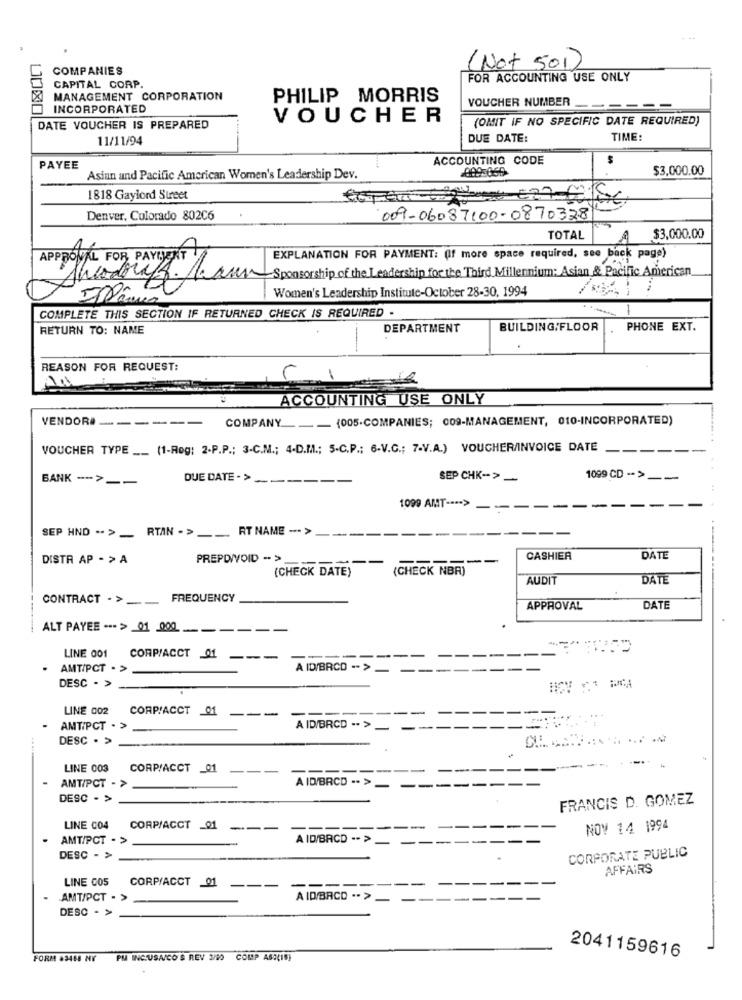
COMPANIES
(Not 501)
FOR ACCOUNTING USE ONLY
CAPITAL CORP.
MANAGEMENT CORPORATION
PHILIP MORRIS
VOUCHER NUMBER
INCORPORATED
--
VOUCHER
(OMIT IF NO SPECIFIC DATE REQUIRED)
DATE VOUCHER IS PREPARED
11/11/94
DUE DATE:
TIME:
ACCOUNTING CODE
PAYEE
$3,000.00
Asian und Pacific American Women's Leadership Dev.
1818 Gaylord Street
Denver, Colorado 802C6
009-06087100-0870328
TOTAL
A
$3,000.00
APPROVAL FOR PAYMENT
EXPLANATION FOR PAYMENT: (If more space required, see back page)
Theodoraf. Kann Sponsorship of the Leadership for the Third Millennium: Asian & Pacific American
Women's Leadership Institute-October 28-30, 1994
COMPLETE THIS SECTION IF RETURNED CHECK IS REQUIRED .
RETURN TO: NAME
DEPARTMENT
BUILDING/FLOOR
PHONE EXT.
REASON FOR REQUEST:
1
ACCOUNTING USE ONLY
VENDORI ------ COMPANY ___ (005-COMPANIES; 009-MANAGEMENT, 010-INCORPORATED)
VOUCHER TYPE __ (1-Rog: 2-P.P .; 3-C.M .; 4-D.M .; 5-C.P .; 6-V.C .; 7-V.A.) VOUCHER/INVOICE DATE
--
BANK -- > --
DUE DATE - >
SEP CHK-> -
1099 CD -- >
--
1099 AMT ---- > --
SEP HND .. > __ RTAN - > __ RT NAME --- >
DISTR AP - > A
PREPDIVOID - >
CASHIER
DATE
(CHECK DATE)
(CHECK NBR)
AUDIT
DATE
CONTRACT -> --
FREQUENCY
APPROVAL
DATE
ALT PAYEE --- > 01 000 -----
.
LINE 001 CORP/ACCT Q1 ---
-----
--
AMT/PCT . >
A ID/BRCD -- >
--
--
DESC - >
LINE 002 CORPIACCT 01 ---
AMTIPCT . >
A ID/BRCD -- >
DESC . >
LINE 003 CORP/ACCT _01
---
A ID/BRCD -- >
AMT/PCT - >
DESC - >
FRANCIS D. GOMEZ
LINE C04
CORP/ACCT _01
---
--
--
--
NOV 14 1994
AMT/PCT - >
A ID/BACD -- >
- --
--
CORPORATE PUBLIC
DESC - >
AFFAIRS
LINE 005
CORP/ACCT 01
---
--
AMT/PCT - >
A ID/BACO .. >_
--
DESC - >
2041159616
FORM 83458 NY
PM INC.USA/CO'S REV 3/90 COMP ASOCIS)